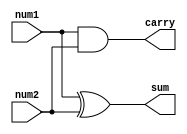
module halfAdder(
  num1,
  num2,
  sum,
  carry
  );
  input num1;
  input num2;
  output sum;
  output carry;
  
  assign sum = num1 ^ num2;
  assign carry = num1 & num2;

endmodule

module fullAdder(
  num1,
  num2,
  carryI,
  sum,
  carryO
  );
  input num1;
  input num2;
  input carryI;
  output sum;
  output carryO;
  
  assign sum = (num1 ^ num2) ^ carryI;
  assign carryO = (num1 & carryI) | (num1 & num2) | (num2 & carryI);
//  assign carryO = ((num1 ^ num2) & carryI) | (num1 & num2);

endmodule